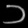
Digit: ၁